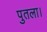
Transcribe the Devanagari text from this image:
पुतला।